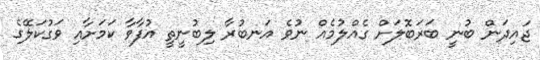
ޖައިދަން ބުނީ ބަރަބޮލަށް ގެއްލުމެއް ނުވެ އަނބުރާ ލިބުނީތީ އުފާވާ ކަމަށާއި ވަގުކަލޭގެ